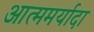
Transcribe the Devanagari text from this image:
आत्ममर्यादा